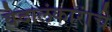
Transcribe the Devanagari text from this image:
वेदालंकारांचे